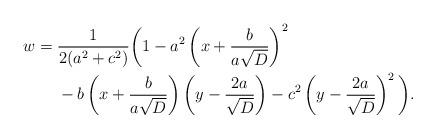
LaTeX: \begin{align*}w= {} & \frac{1}{2(a^2+c^2)} \bigg( 1 - a^2 \left( x+ \frac{b}{a\sqrt{D}} \right)^2 \\ {} & - b\left( x + \frac{b}{a\sqrt{D}} \right) \left( y- \frac{2a}{\sqrt{D}} \right) - c^2 \left( y -\frac{2a}{\sqrt{D}}\right)^2 \bigg).\end{align*}